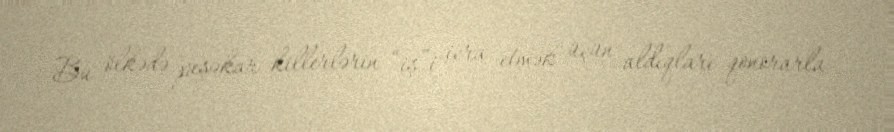
Bu ölkədə peşəkar killerlərin “iş”i icra etmək üçün aldıqları qonorarla